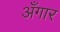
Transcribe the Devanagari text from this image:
अँगार